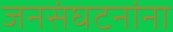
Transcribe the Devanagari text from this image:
जनसंघटनांना